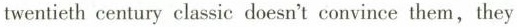
twentieth century classic doesn't convince them,they